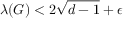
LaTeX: \lambda ( G ) < 2 { \sqrt { d - 1 } } + \epsilon